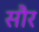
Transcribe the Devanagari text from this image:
साैर